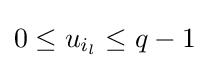
0\leq u_{i_{l}}\leq q-1